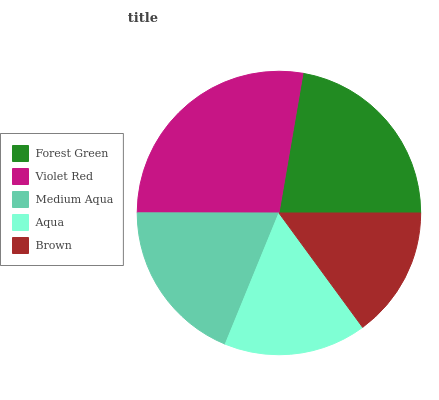
| Forest Green | Violet Red | Medium Aqua | Aqua | Brown |
 | --- | --- | --- | --- | --- |
 | 22.3% | 27.7% | 18.8% | 16.2% | 15% |